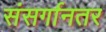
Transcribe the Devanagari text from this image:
संसर्गानतर